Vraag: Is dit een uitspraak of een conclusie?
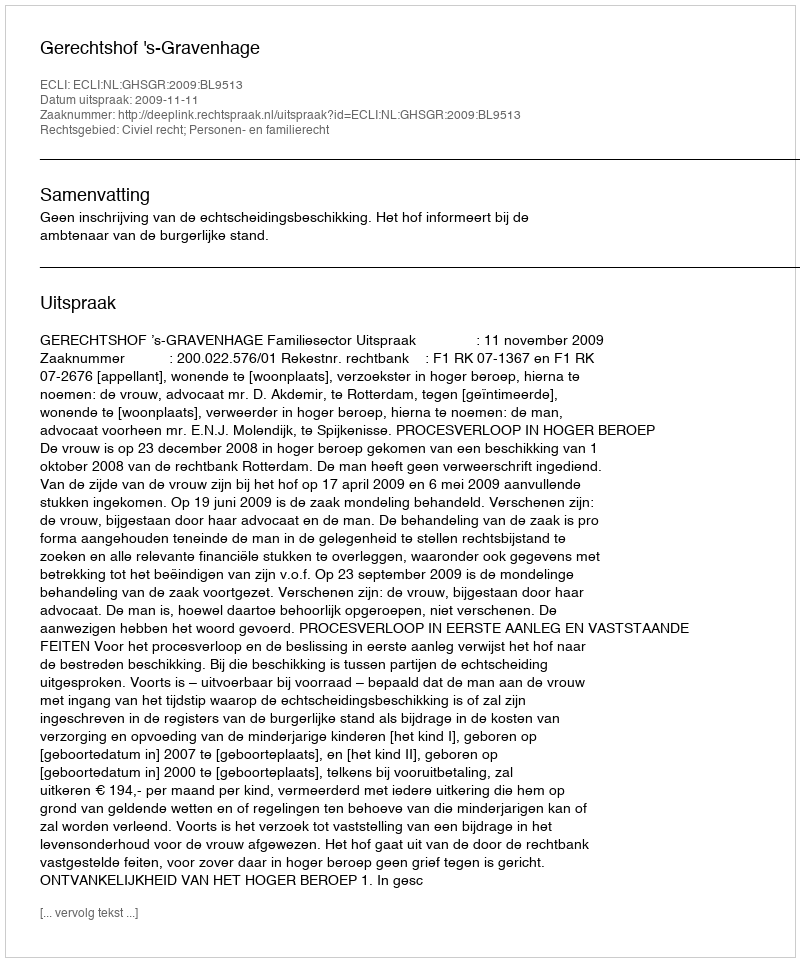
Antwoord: Uitspraak